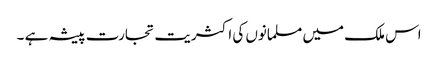
اس ملک میں مسلمانوں کی اکثریت تجارت پیشہ ہے ۔